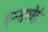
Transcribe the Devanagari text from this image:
एन्सखेडे